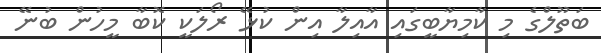
ބަތޫލްގެ މި ކާމިޔާބީގައި އާއިލާ އިން ކުޅޭ ރޯލަކީ ކޮބާ މީހުން ބުނޭ